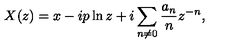
X ( z ) = x - i p \ln z + i \sum _ { n \neq 0 } \frac { a _ { n } } n z ^ { - n } ,